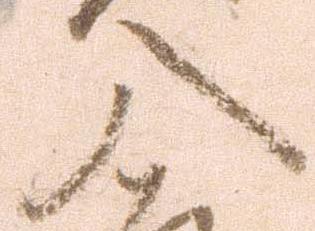
入